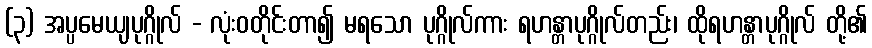
(၃) အပ္ပမေယျပုဂ္ဂိုလ် - လုံးဝတိုင်းတာ၍ မရသော ပုဂ္ဂိုလ်ကား ရဟန္တာပုဂ္ဂိုလ်တည်း၊ ထိုရဟန္တာပုဂ္ဂိုလ် တို့၏